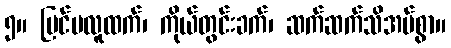
၅။ ပြင်ပလူထက်၊ ကိုယ်တွင်းခက်၊ ဆက်ဆက်သိအပ်စွာ။